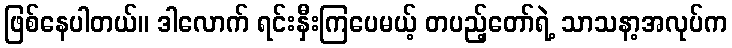
ဖြစ်နေပါတယ်။ ဒါလောက် ရင်းနှီးကြပေမယ့် တပည့်တော်ရဲ့ သာသနာ့အလုပ်က